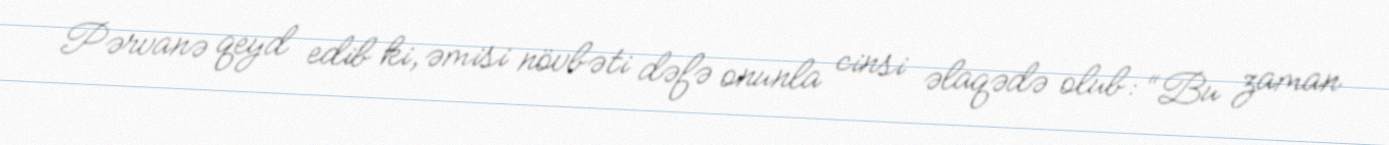
Pərvanə qeyd edib ki, əmisi növbəti dəfə onunla cinsi əlaqədə olub: “Bu zaman